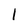
Character: l